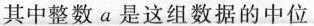
其中整数a是这组数据的中位